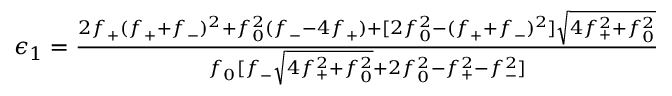
\begin{array} { r } { \epsilon _ { 1 } = \frac { 2 f _ { + } ( f _ { + } + f _ { - } ) ^ { 2 } + f _ { 0 } ^ { 2 } ( f _ { - } - 4 f _ { + } ) + [ 2 f _ { 0 } ^ { 2 } - ( f _ { + } + f _ { - } ) ^ { 2 } ] \sqrt { 4 f _ { + } ^ { 2 } + f _ { 0 } ^ { 2 } } } { f _ { 0 } [ f _ { - } \sqrt { 4 f _ { + } ^ { 2 } + f _ { 0 } ^ { 2 } } + 2 f _ { 0 } ^ { 2 } - f _ { + } ^ { 2 } - f _ { - } ^ { 2 } ] } } \end{array}